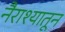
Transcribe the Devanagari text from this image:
नैराश्यातून